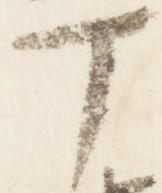
丁